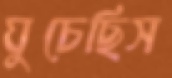
ঘুচেছিস